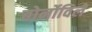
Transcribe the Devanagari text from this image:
बोर्नोविले